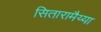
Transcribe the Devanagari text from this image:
सितारामैय्या